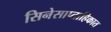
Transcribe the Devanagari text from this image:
सिनेसाप्ताहिकात